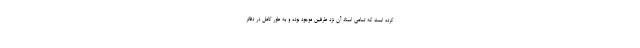
کرده است که تمامی اسناد آن نزد طرفین موجود بوده و به طور کامل در دفاتر